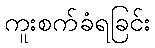
ကူးစက်ခံရခြင်း